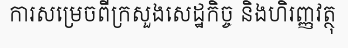
ការសម្រេចពីក្រសួងសេដ្ឋកិច្ច និងហិរញ្ញវត្ថុ